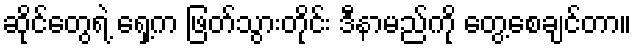
ဆိုင်တွေရဲ့ ရှေ့က ဖြတ်သွားတိုင်း ဒီနာမည်ကို တွေ့စေချင်တာ။